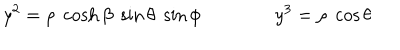
y ^ { 2 } = \rho \; \cosh \beta \; \sin \theta \; \sin \phi \qquad \qquad y ^ { 3 } = \rho \; \cos \theta